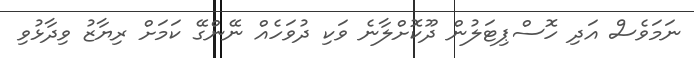
ނަމަވެސް އަދި ހޮސްޕިޓަލުން ދޫކޮށްލާނެ ވަކި ދުވަހެއް ނޭންގޭ ކަމަށް ރިޔާޒު ވިދާޅުވި